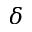
\delta